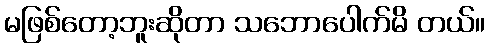
မဖြစ်တော့ဘူးဆိုတာ သဘောပေါက်မိ တယ်။